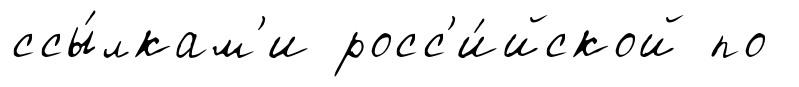
ссы́лкам'и росс'и́йской по